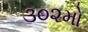
૩૦૨મો